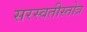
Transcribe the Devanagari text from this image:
सरस्वतीस्तोत्र